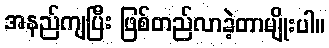
အနည်ကျပြီး ဖြစ်တည်လာခဲ့တာမျိုးပါ။